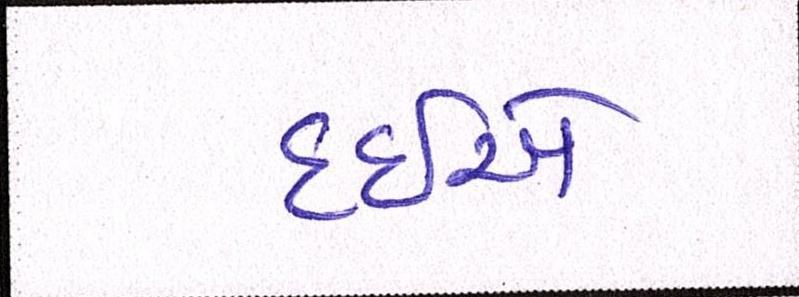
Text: દઇએ